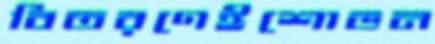
বিতরণেইশোভন